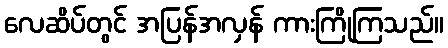
လေဆိပ်တွင် အပြန်အလှန် ကားကြိုကြသည်။